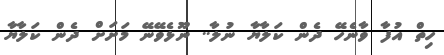
ހިތް އުފާ ވާނެހޭ ދެން ކަލާޔާ ނުލާ.. ނޫޅެވޭނޭ މަށަށް ދެން ކަލާޔާ